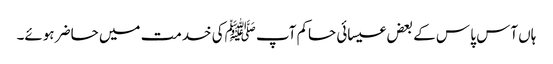
ہاں آس پا س کے بعض عیسائی حاکم آپ ﷺکی خدمت میں حاضر ہوئے۔